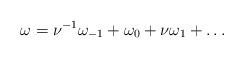
LaTeX: \begin{align*} \omega = \nu^{-1}\omega_{-1} + \omega_0 + \nu \omega_1 + \ldots\end{align*}